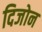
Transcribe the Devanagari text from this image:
दिजोन